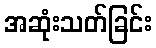
အဆုံးသတ်ခြင်း